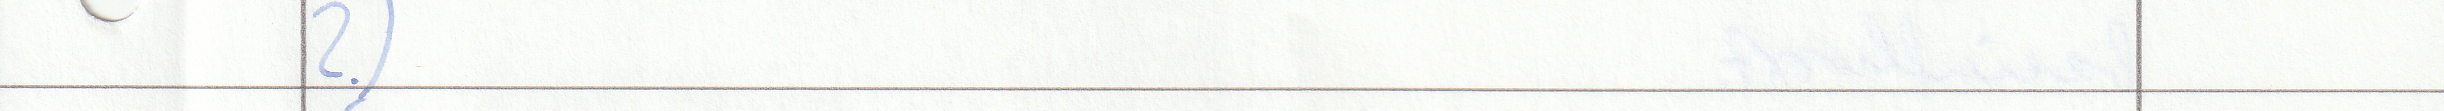
2.)